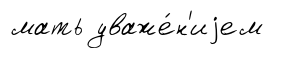
мать уваже́н'иjем